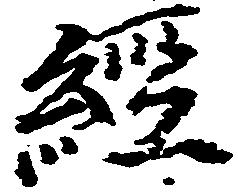
経